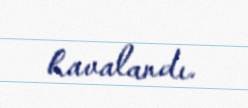
havalandı.